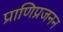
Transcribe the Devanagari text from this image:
प्राणिप्रजनन